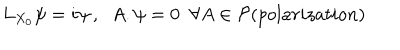
L _ { X _ { 0 } } \psi = i \psi \, , \; \; A . \psi = 0 \; \; \forall A \in { \cal P } ( p o l a r i z a t i o n )